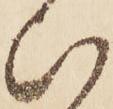
ひ